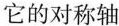
它的对称轴